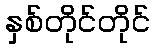
နှစ်တိုင်တိုင်